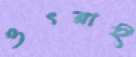
ওৎরাই